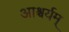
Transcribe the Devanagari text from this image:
आश्चर्यम्